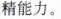
精能力。